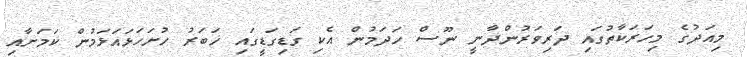
މިއަދުގެ މިހަރަކާތުގައި ދަރިވަރުންދާނީ ނޫސް ހަދަމުން އެކި ގަޑިގަޑީގައި ޚަބަރު ހުށަހަޅައަޅަމުން ކަމަށާއި